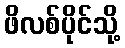
ဖိလစ်ပိုင်သို့